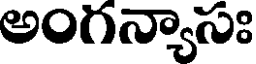
అంగన్యాసః